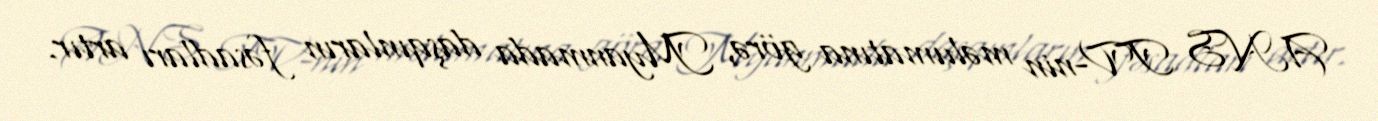
ANS TV-nin məlumatına görə, Myanmada daşqınların fəsadları artır.